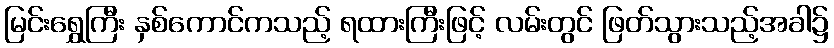
မြင်းရွှေကြီး နှစ်ကောင်ကသည့် ရထားကြီးဖြင့် လမ်းတွင် ဖြတ်သွားသည့်အခါ၌